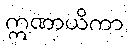
ဣဏာယိကာ